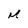
Character: M